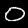
Label: 0